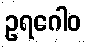
ဥရဂေါဝ